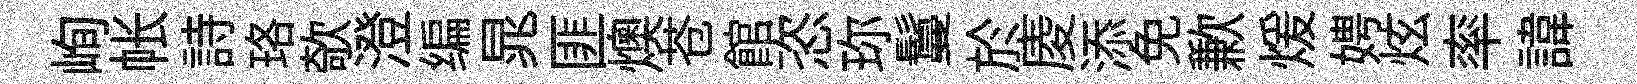
峋帐詩珞欹澄编晁匪燠苍館恣珎鬘於庱添免歉煖娉炫率諱